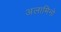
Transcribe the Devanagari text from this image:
अलामिनो